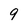
Character: 9